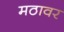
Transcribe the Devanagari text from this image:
मठावर